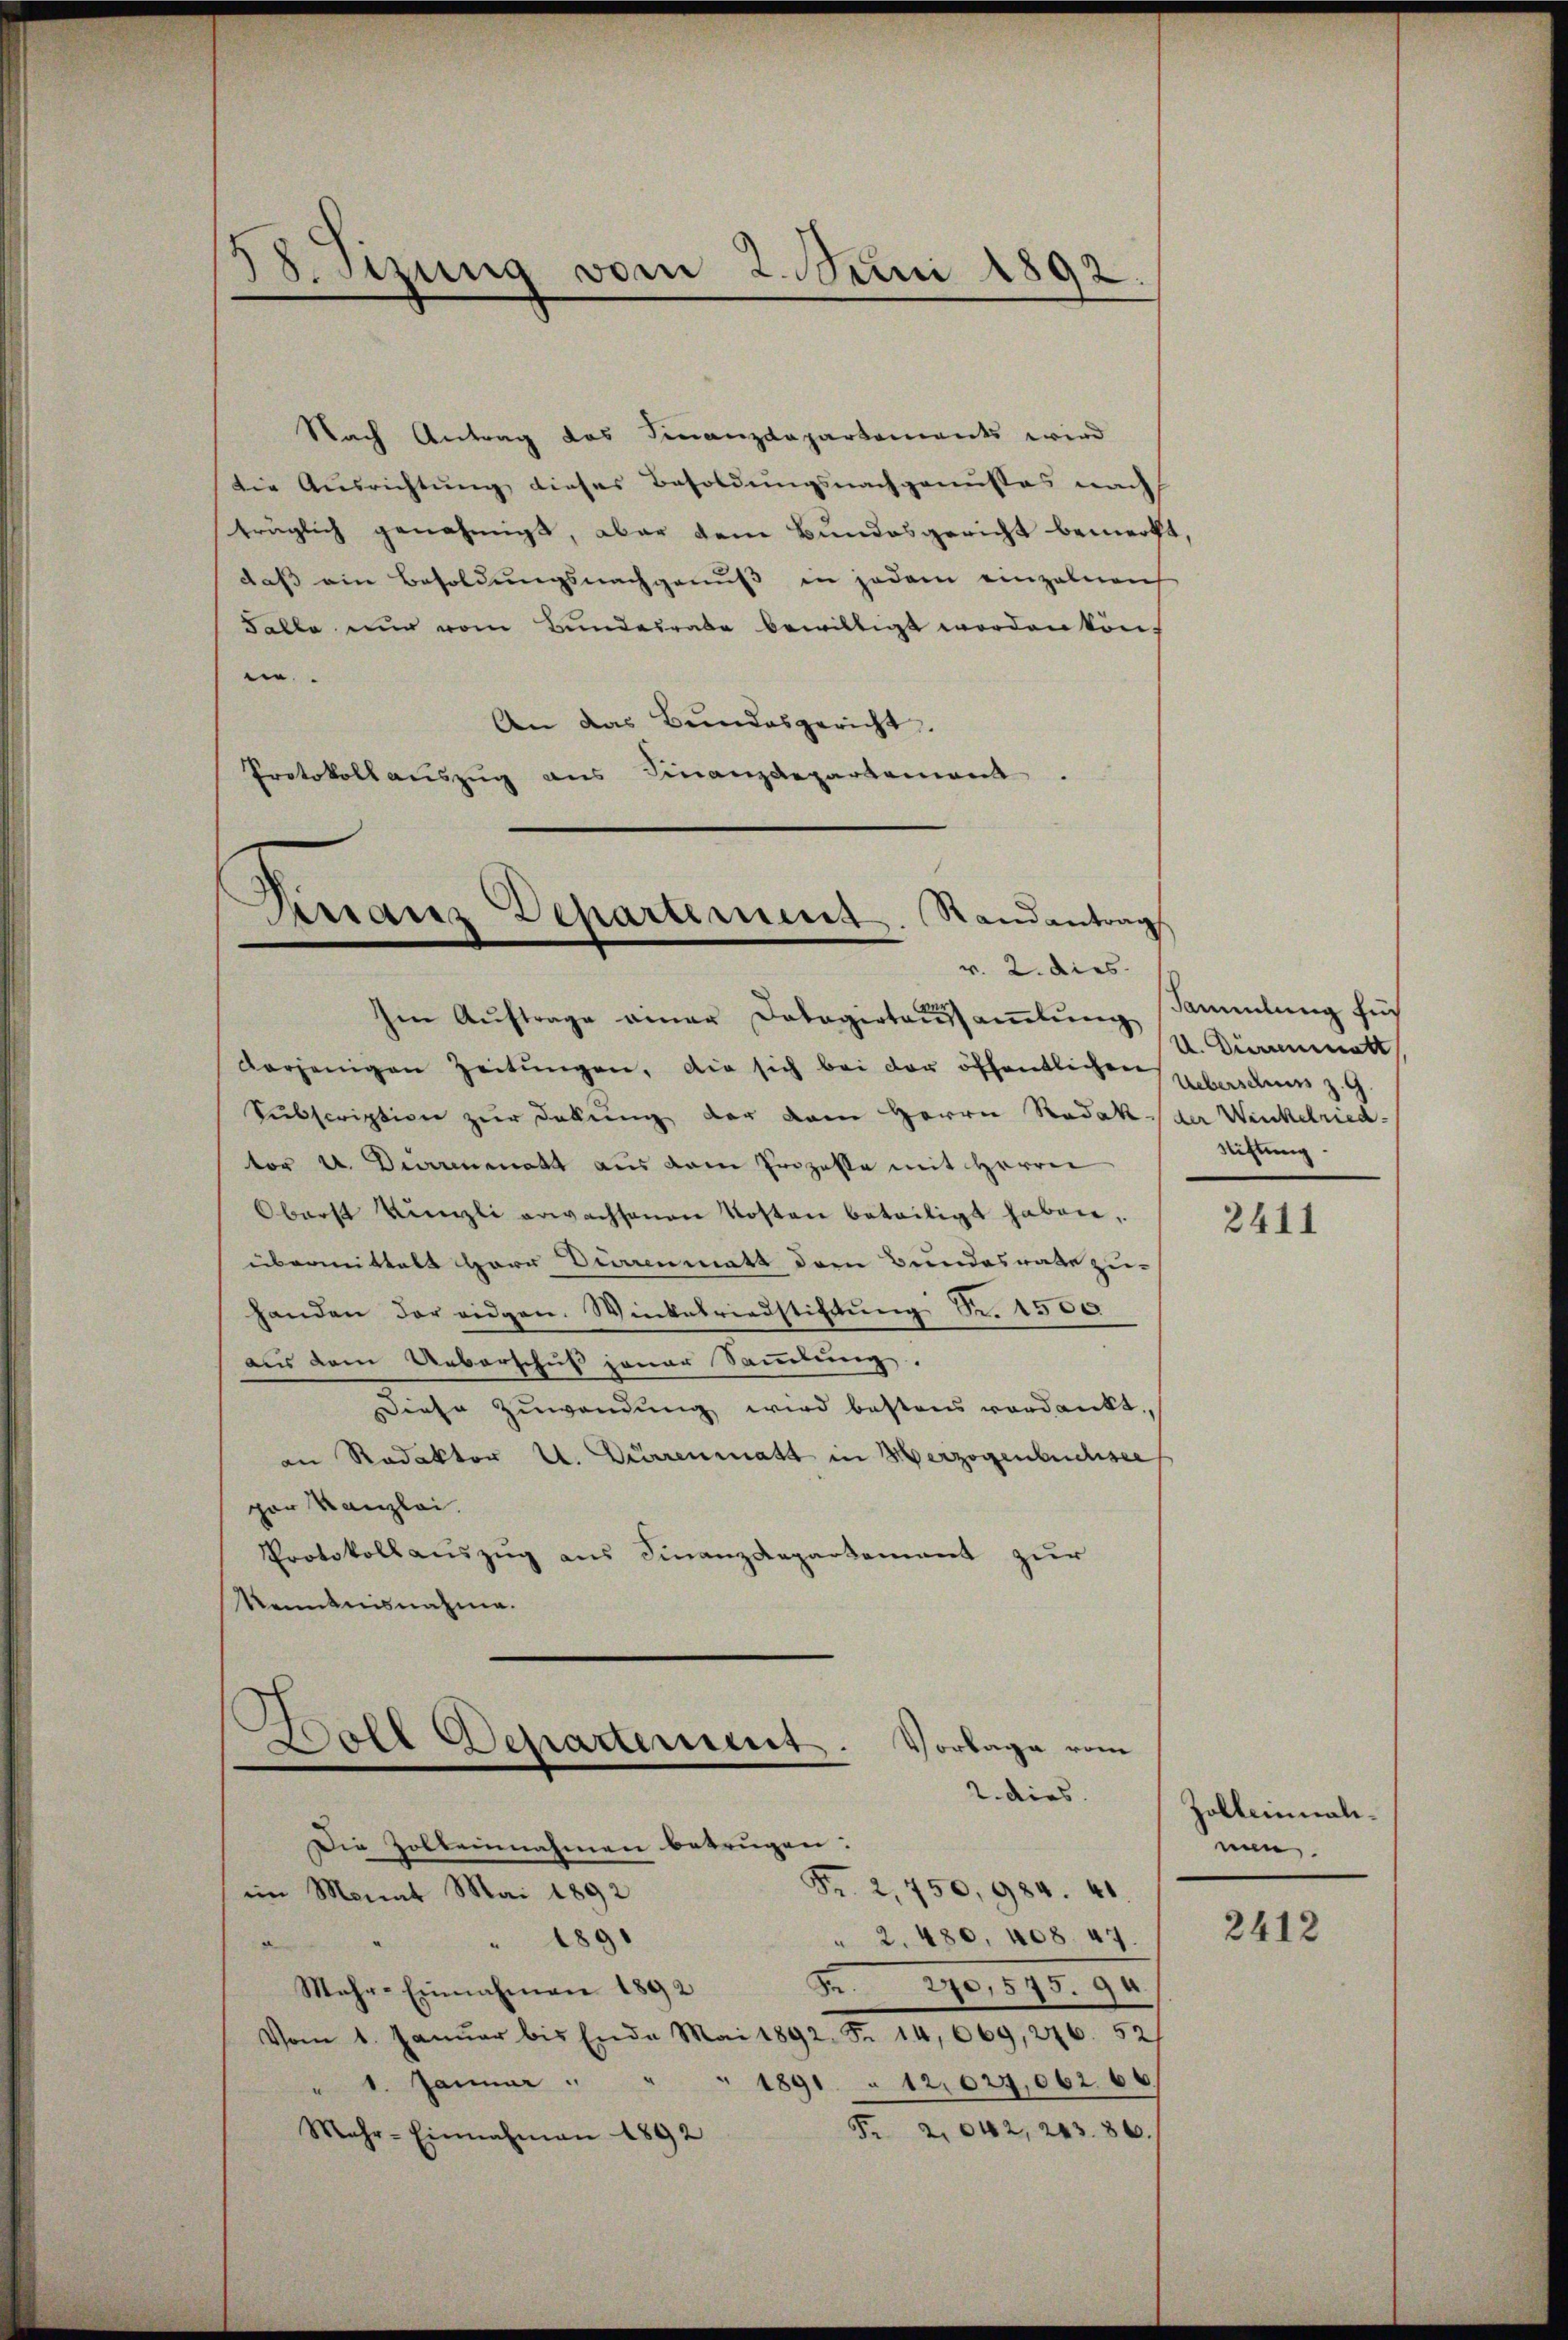
Witzung vom 2. Juni 1892.

Nach Antrag des Finanzdepartements wird
die Ausrichtung dieses Besoldungsnachgenusses nach
träglich genehmigt, aber dem Bundesgericht bemerkt,
daß ein Besoldungsnachgenuß in jedem einzelnen
Falle nur vom Bundesrate bewilligt worden könn.
An das Bundesgericht.
Protokollauszug aus Finanzdepartement

Draus Departement. Randantrag

v. 2. dies
Im Aŭftrage einer Dobagirtens samlung Sammlung für
vorjenigen Zeitŭngen, die sich bei der öffentlichen Hueberschuss zu
Subscription zur Dekung der dem Herrn Redak der Winkelried-
tor u. Derrenmatt aus dem Prozesse mit Herrn
Oberst Künzli erwachsenen Kosten beteiligt haben,
übermittelt Herr Durrenmatt dem Bundesrate zu-
handen der eidgen. Winkelriedstiftung Nr. 1500
aus dem Ueberschuß jener Sammlung.
Diese Zuwendung wird bestens verdankt.
an Redaktor U. Dürrenmatt in Herzogenbuchsee
per Kanzlei.
Protokollauszug aus Finanzdepartement zur
Kenntnisnahme.
2. dies
Die Zolbeinnahmen betrügen:
Fr. 2,750, 984. 41
im Monat Mai 1892
" 2. 480, 408. 47.
" 1890
d
F 290. 573. 94.
Mehr-Einnahmen 1892
Vom 1. Januar bis Ende Mai 1892. Fr. 14, 669, 246. 52
" 1. Januar " "
1891 " 12,027,062 66
Fr. 2042, 243. 86.
Mehr-Einnahmen 1892

Ball Separtement. Vorlage vom

V. Dürrenmatt
Stiftung.

2411

Zolleinmalinun

2412